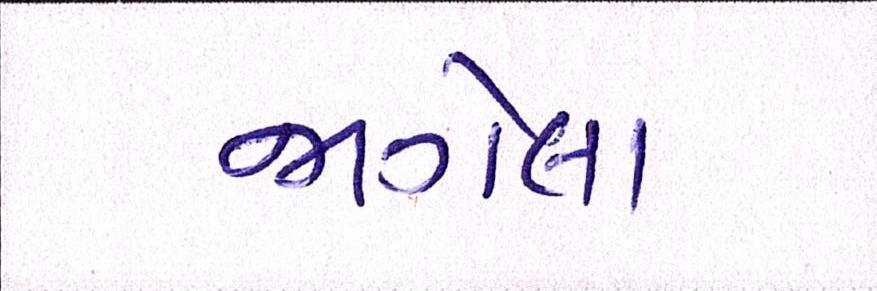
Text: જાગેલા